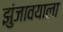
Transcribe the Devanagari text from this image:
झुंजावयाला